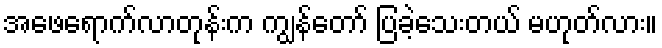
အဖေရောက်လာတုန်းက ကျွန်တော် ပြခဲ့သေးတယ် မဟုတ်လား။